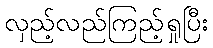
လှည့်လည်ကြည့်ရှုပြီး